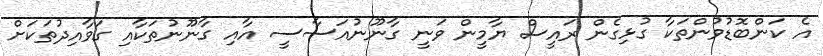
އެ ކަންބޮޑުވުންތަކާ ގުޅިގެެން ރައީސް ޔާމީން ވަނީ ގާނޫނުއަސާސީ އާއި ގާނޫނުތަކާއި ގަވާއިދުތަކަށް